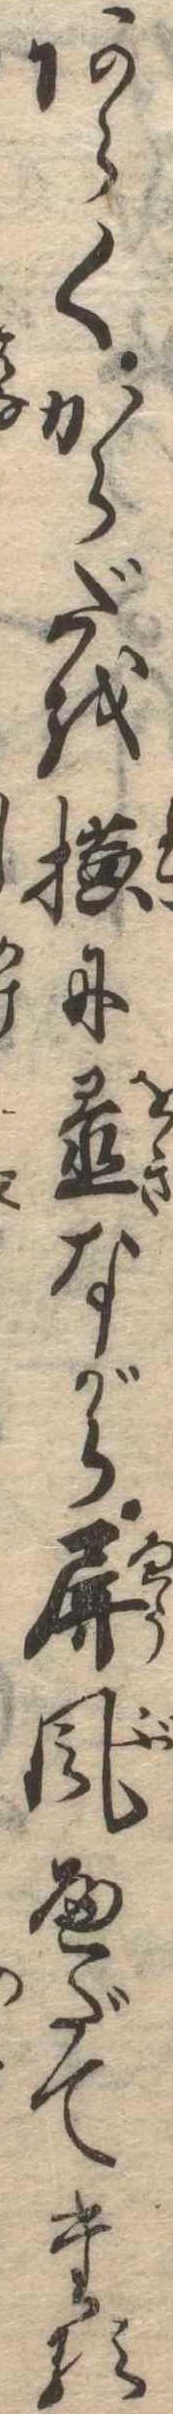
あらくからだを横に置ながら屏風へだてたる